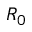
R _ { 0 }